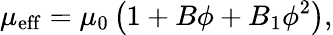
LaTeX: \mu_{\mathrm{eff}}=\mu_{0}\left(1+B\phi+B_{1}\phi^{2}\right),